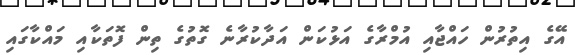
އޭގެ އިތުރުން ހައްޖާއި އުމްރާގެ އަޅުކަން އަދާކުރާނެ ގޮތުގެ ތިން ފޮތަކާއި މައްކާގައި